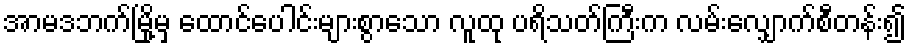
အာမဒဘက်မြို့မှ ထောင်ပေါင်းများစွာသော လူထု ပရိသတ်ကြီးက လမ်းလျှောက်စီတန်း၍